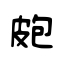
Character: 皰